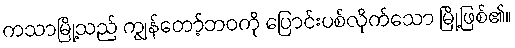
ကသာမြို့သည် ကျွန်တော့်ဘဝကို ပြောင်းပစ်လိုက်သော မြို့ဖြစ်၏။